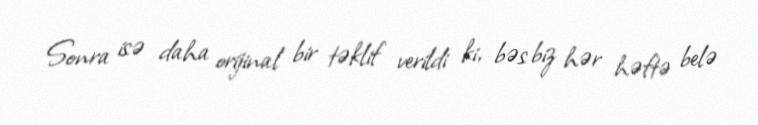
Sonra isə daha orijinal bir təklif verildi ki, bəs biz hər həftə belə